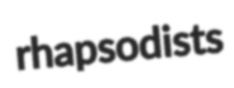
rhapsodists